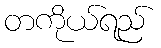
တကိုယ်ရည်